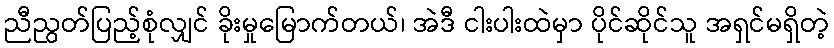
ညီညွတ်ပြည့်စုံလျှင် ခိုးမှုမြောက်တယ်၊ အဲဒီ ငါးပါးထဲမှာ ပိုင်ဆိုင်သူ အရှင်မရှိတဲ့